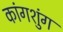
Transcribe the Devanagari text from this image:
कांगशुंग